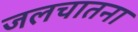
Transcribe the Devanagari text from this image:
जलचातना